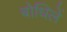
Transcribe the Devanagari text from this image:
बोधिलें